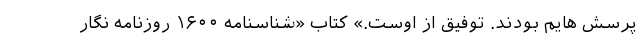
پُرسش هایم بودند. توفیق از اوست.» کتاب «شناسنامه ۱۶۰۰ روزنامه نگار